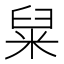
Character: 䊆